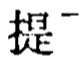
提<sub> </sub>